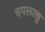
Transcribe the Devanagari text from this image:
चपलाखु